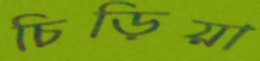
চিড়িয়া